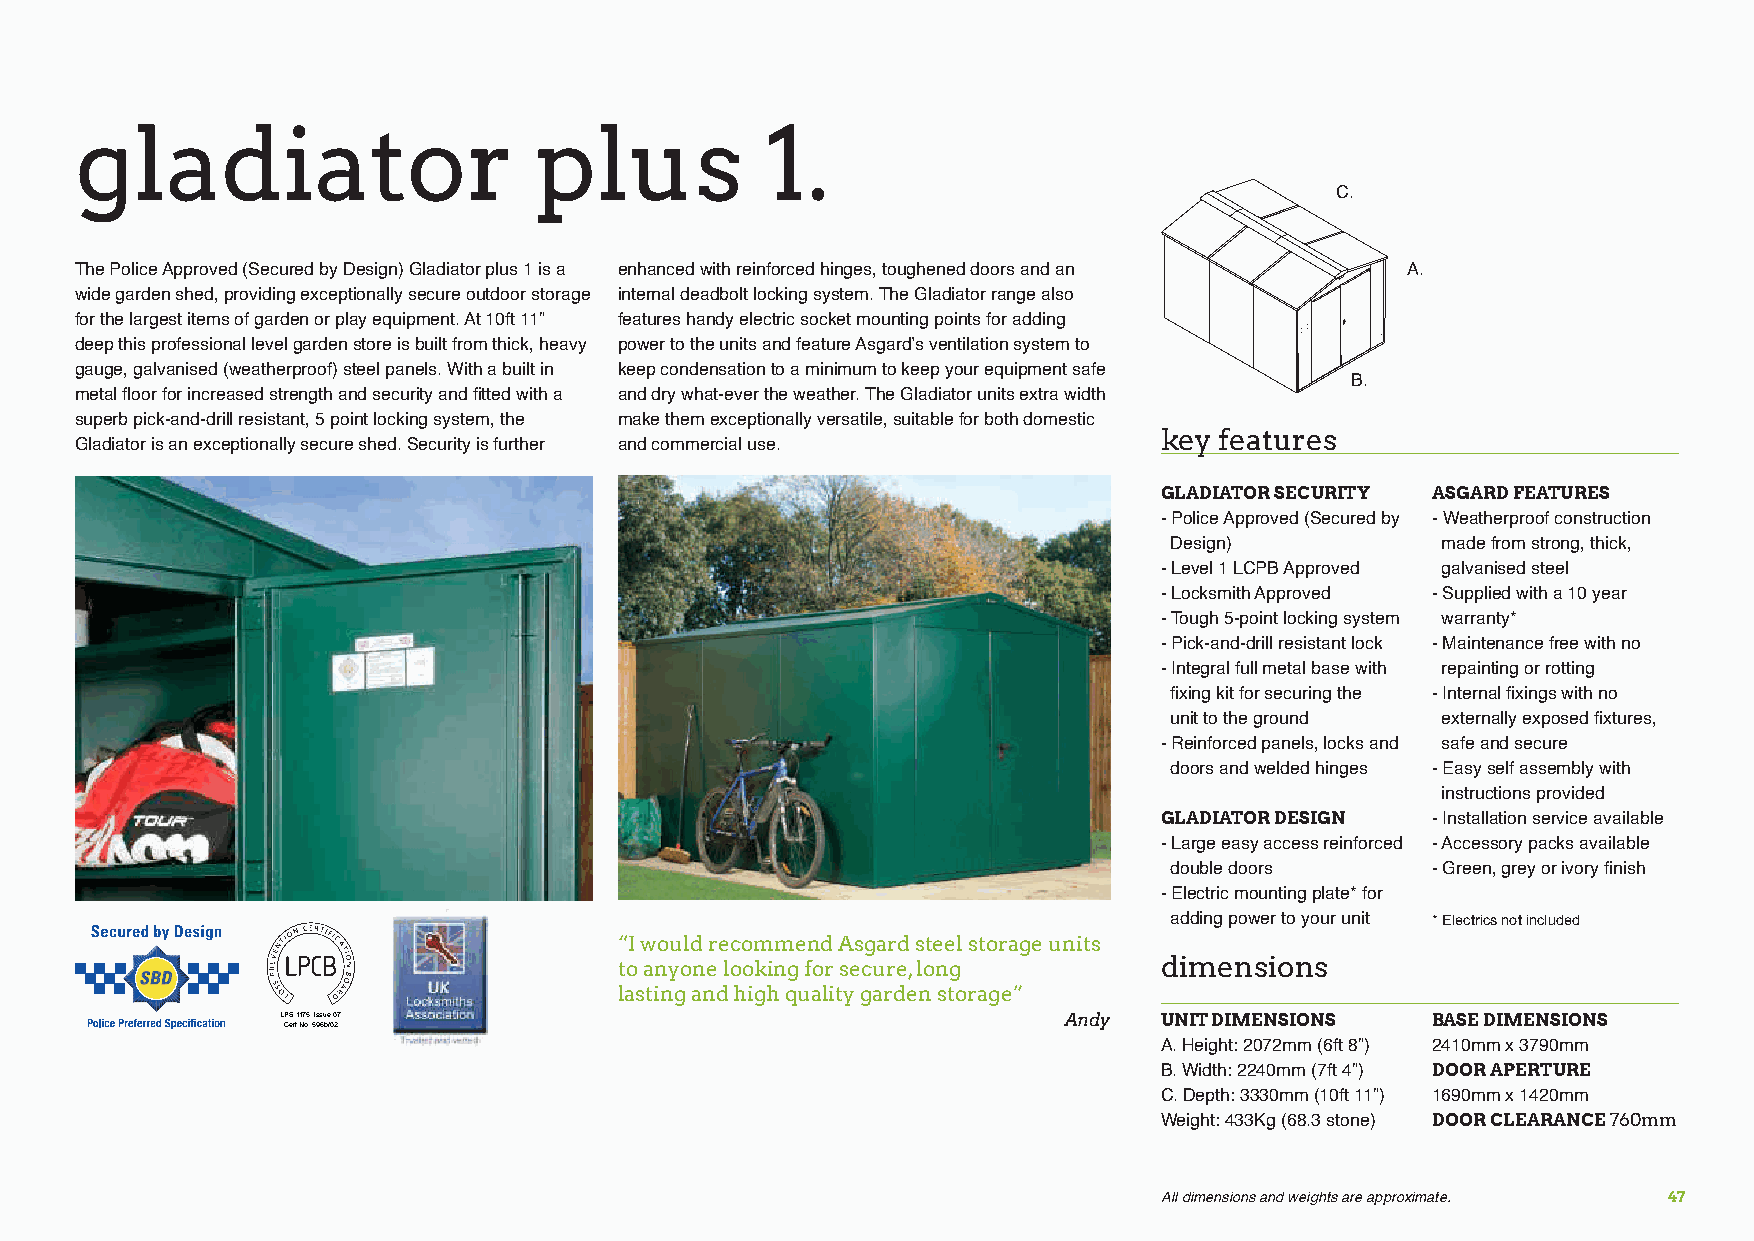
gladiator                     plus            1.
 C.
 The Police Approved (Secured by Design) Gladiator plus 1 is a enhanced with reinforced hinges, toughened doors and an A.
 wide garden shed, providing exceptionally secure outdoor storage internal deadbolt locking system. The Gladiator range also
 for the largest items of garden or play equipment. At 10ft 11” features handy electric socket mounting points for adding
 deep this professional level garden store is built from thick, heavy power to the units and feature Asgard’s ventilation system to
 gauge, galvanised (weatherproof) steel panels. With a built in keep condensation to a minimum to keep your equipment safe
 B.
 metal floor for increased strength and security and fitted with a and dry what-ever the weather. The Gladiator units extra width
 superb pick-and-drill resistant, 5 point locking system, the make them exceptionally versatile, suitable for both domestic
 key features
 Gladiator is an exceptionally secure shed. Security is further and commercial use.
 GLADIATOR SECURITY ASGARD FEATURES
 - Police Approved (Secured by - Weatherproof construction
 Design)          made from strong, thick,
 - Level 1 LCPB Approved galvanised steel
 - Locksmith Approved - Supplied with a 10 year
 - Tough 5-point locking system warranty*
 - Pick-and-drill resistant lock - Maintenance free with no
 - Integral full metal base with repainting or rotting
 fixing kit for securing the - Internal fixings with no
 unit to the ground externally exposed fixtures,
 - Reinforced panels, locks and safe and secure
 doors and welded hinges - Easy self assembly with
 instructions provided
 GLADIATOR DESIGN  - Installation service available
 - Large easy access reinforced - Accessory packs available
 double doors     - Green, grey or ivory finish
 - Electric mounting plate* for
 adding power to your unit * Electrics not included
 “I would recommend Asgard steel storage units
 to anyone looking for secure, long  dimensions
 lasting and high quality garden storage”
 LPS 1175: Issue 05 LPS 1175: Issue 07                      Andy   UNIT DIMENSIONS   BASE DIMENSIONS
 Cert No. 596a/02 Cert No. 596b/02
 CLASSIC (HIGH SECURITY) GLADIATORS                                A. Height: 2072mm (6ft 8”) 2410mm x 3790mm
 B. Width: 2240mm (7ft 4”) DOOR APERTURE
 C. Depth: 3330mm (10ft 11”) 1690mm x 1420mm
 Weight: 433Kg (68.3 stone) DOOR CLEARANCE 760mm
 LPS 1175: Issue 07 LPS 1175: Issue 05 LPS 1175: Issue 05
 Cert No. 596b/01 Cert No. 596a/04 Cert No. 596a/01
 CENTURION ANNEXE CLASSIC (HIGH SECURITY)                               All dimensions and weights are approximate. 47